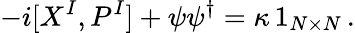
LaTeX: -i[X^{I},P^{I}]+\psi\psi^{\dagger}=\kappa\, 1_{N\times N}\, .